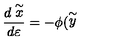
\frac { d \stackrel { \sim } { x } } { d \varepsilon } = - \phi ( \stackrel { \sim } { y }